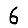
Digit: 6